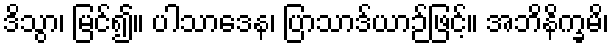
ဒိသွာ၊ မြင်၍။ ပါသာဒေန၊ ပြာသာဒ်ယာဉ်ဖြင့်။ အဘိနိက္ခမိ၊